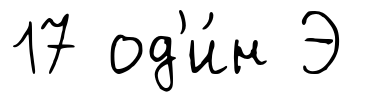
17 од'и́н Э